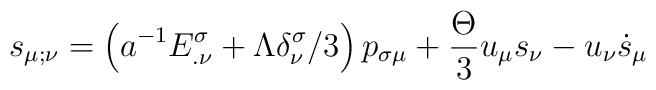
s_{\mu ;\nu }=\left( a^{-1}E_{.\nu }^{\sigma }+\Lambda \delta _{\nu}^{\sigma }/3\right) p_{\sigma \mu }+\frac{\Theta }{3}u_{\mu }s_{\nu}-u_{\nu }\dot{s}_{\mu }